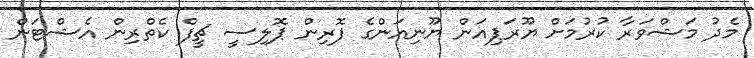
މެދު މަޝްވަރާ ކުރުމަށް ޔޫރަޕިއަން ޔޫނިއަންގެ ފޮރިން ޕޮލިސީ ޗީފް ކެތްރިން އެޝްޓަން